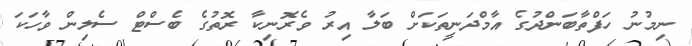
ނިމުނު ހަފްތާބަންދުގެ އާމްދަނީތަކަށް ބަލާ އިރު ވެރޮނިކާ ރޮތުގެ ބެސްޓް ސެލިން ވާހަކަ